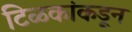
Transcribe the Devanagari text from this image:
टिळकांकडून